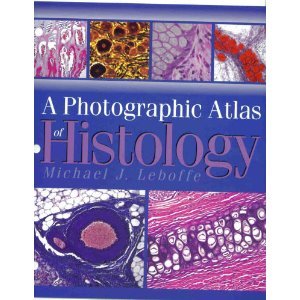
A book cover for A Photographic Atlas of Histology; Michael J. Leboffe; Medical Books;